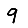
Digit: 9